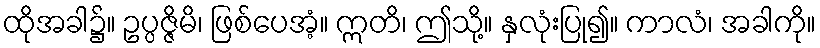
ထိုအခါ၌။ ဥပ္ပဇ္ဇိမိ၊ ဖြစ်ပေအံ့။ ဣတိ၊ ဤသို့။ နှလုံးပြု၍။ ကာလံ၊ အခါကို။